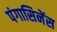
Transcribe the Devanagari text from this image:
पंगासिनेंस